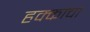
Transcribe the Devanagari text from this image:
हक्‍कांचा